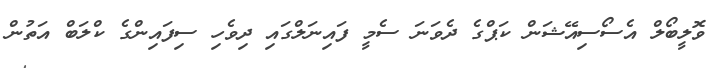
ވޮލީބޯލް އެސޯސިއޭޝަން ކަޕްގެ ދެވަނަ ސެމީ ފައިނަލްގައި ދިވެހި ސިފައިންގެ ކްލަބް އަތުން